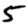
Digit: 5